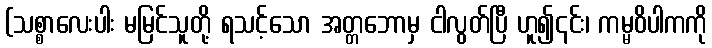
(သစ္စာလေးပါး မမြင်သူတို့ ရသင့်သော အတ္တဘောမှ ငါလွတ်ပြီ ဟူ၍၎င်း၊ ကမ္မဝိပါကကို